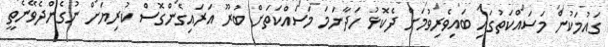
ގައުމަކުން މަސައްކަތުގައި ބައިވެރިވުމަށް ދެކޮޅު ހަދާނަމަ މަސައްކަތަށް ބުރޫ އަރައިގެންގޮސް ކުރިޔަށް ނުގެންދެވޭނެތީ